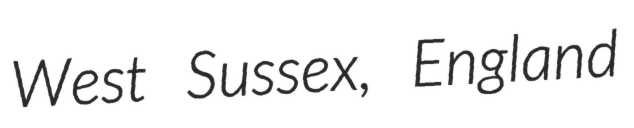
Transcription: West Sussex, England